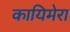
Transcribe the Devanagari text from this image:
कायिमेरा